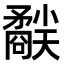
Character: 𥎜